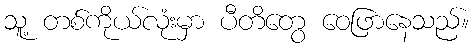
သူ့ တစ်ကိုယ်လုံးမှာ ပီတိတွေ ဝေဖြာနေသည်။